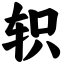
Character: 轵